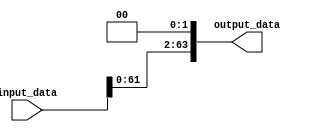
module ShiftUnit #(parameter n = 64) (input_data, output_data);
    
    input [n - 1 : 0] input_data;
    output[n - 1 : 0] output_data;

    assign output_data = input_data << 2;
    
endmodule